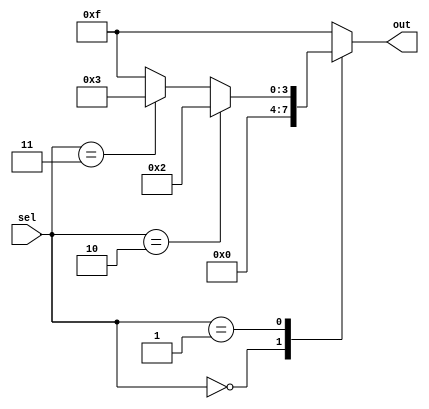
module case_if_else (
    input [2:0] sel,
    output reg [3:0] out
);

always @(*) begin
    case(sel)
        3'b000: begin
            if(sel == 3'b000)
                out = 4'b0000;
            else if(sel == 3'b001)
                out = 4'b0001;
            else
                out = 4'b1111;
        end
        
        3'b001: begin
            if(sel == 3'b010)
                out = 4'b0010;
            else if(sel == 3'b011)
                out = 4'b0011;
            else
                out = 4'b1111;
        end
        
        default: begin
            out = 4'b1111;
        end
    endcase
end

endmodule